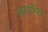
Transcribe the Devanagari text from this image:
ब्लास्टोमिरेज